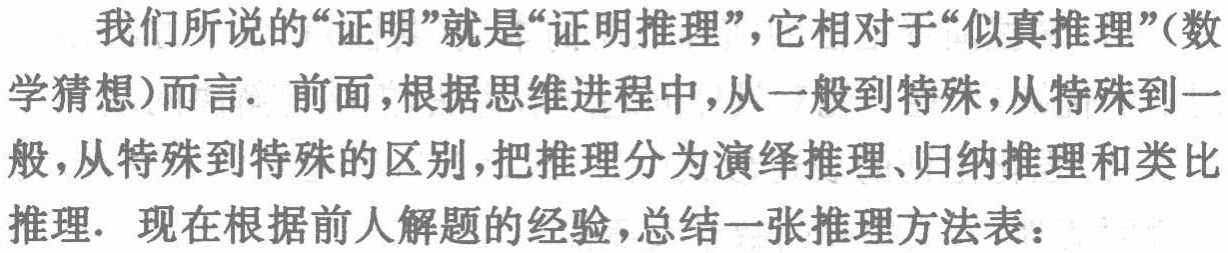
我们所说的“证明”就是“证明推理”，它相对于“似真推理”(数学猜想)而言. 前面,根据思维进程中,从一般到特殊,从特殊到一般,从特殊到特殊的区别,把推理分为演绎推理、归纳推理和类比推理. 现在根据前人解题的经验,总结一张推理方法表：